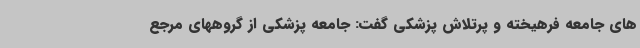
های جامعه فرهیخته و پرتلاش پزشکی گفت: جامعه پزشکی از گروههای مرجع